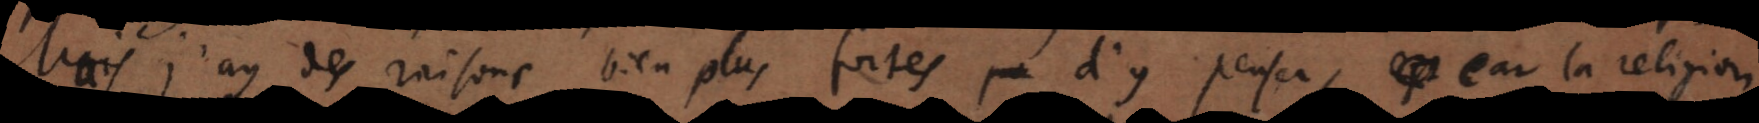
Mais j’ay des raisons bien plus fortes d’y penser, car la religion